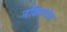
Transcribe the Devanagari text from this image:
नकिबपोश